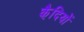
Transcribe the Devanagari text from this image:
कै़दियों